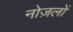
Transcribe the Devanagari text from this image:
नोज़लों